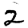
Digit: 2